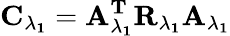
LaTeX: \mathbf{C_{\lambda_{1}}}=\mathbf{{A}_{\lambda_{1}}^{T}}\mathbf{R_{\lambda_{1}}}\mathbf{A_{\lambda_{1}}}